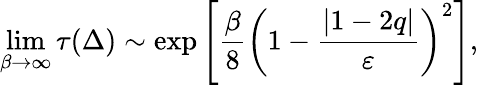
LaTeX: \operatorname*{lim}_{\beta\to\infty}\tau(\Delta)\sim\mathrm{exp}\left[\frac{\beta}{8}\left(1-\frac{|1-2q|}{\varepsilon}\right)^{2}\right],